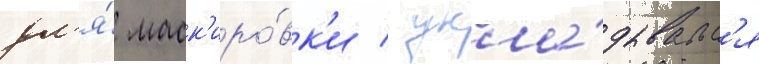
дл'я́ маск'иро́вк'и / укла́дывалс'я